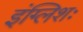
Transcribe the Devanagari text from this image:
इंग्लिशः